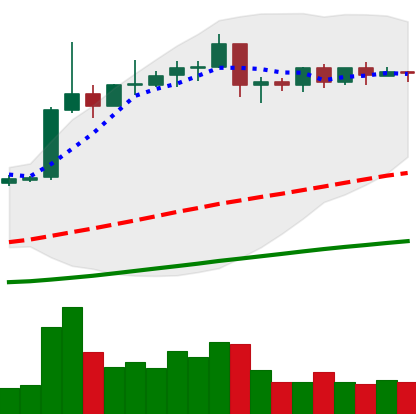
Ticker: EOS-USD
Chart end date: 2019-04-19
Forward return: -12.502%
Label: down_7plus